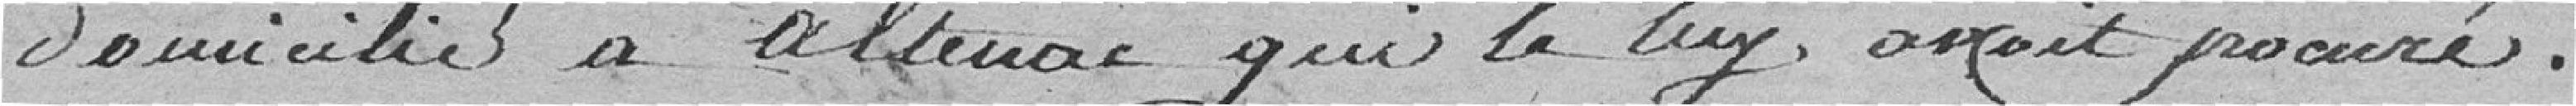
domicilié à Altenac qui la lui avait procué